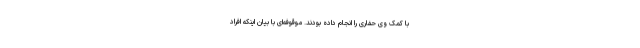
با کمک وی حفاری را انجام داده بودند. موقوفه‌ای با بیان اینکه افراد